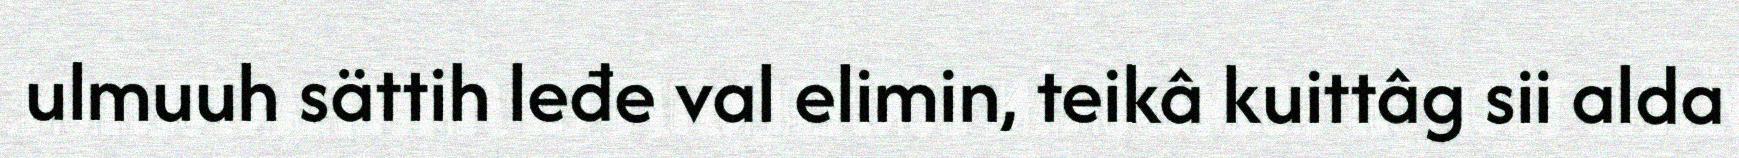
ulmuuh sättih leđe val elimin, teikâ kuittâg sii alda